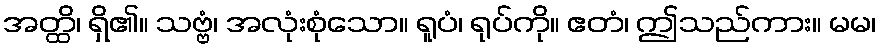
အတ္ထိ၊ ရှိ၏။ သဗ္ဗံ၊ အလုံးစုံသော။ ရူပံ၊ ရုပ်ကို။ ဧတံ၊ ဤသည်ကား။ မမ၊